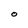
Character: O